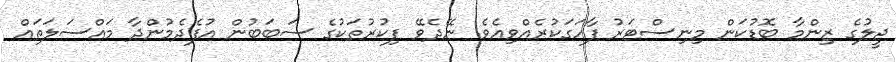
ޖީލުގެ ޒިންމާ ބޮޑުކަން މިނިސްޓަރު ފާހަގަކުރެއްވިއެވެ. ނޭދެވޭ ފިކުރުތަކުގެ ސަބަބުން އުފެދެމުންދާ މައްސަލަތައް